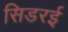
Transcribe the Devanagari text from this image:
सिडरई